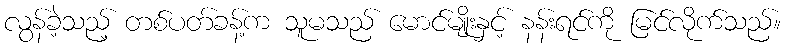
လွန်ခဲ့သည့် တစ်ပတ်ခန့်က သူမသည် မောင်မျိုးနှင့် နန်းရင်ကို မြင်လိုက်သည်။